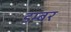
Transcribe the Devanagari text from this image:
डम्‍बर